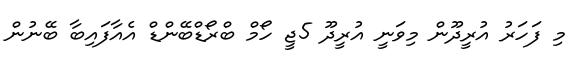
މި ފަހަރު އުރީދޫން މިވަނީ އުރީދޫ 5ޖީ ހޯމް ބްރޯޑްބޭންޑް އެއާފައިބާ ބޭނުން